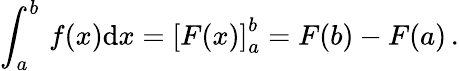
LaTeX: \int_{a}^{b}\, f(x)\mathrm{d}x=\left[F(x)\right]_{a}^{b}=F(b)-F(a)\, .